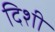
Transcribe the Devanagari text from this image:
दिशी